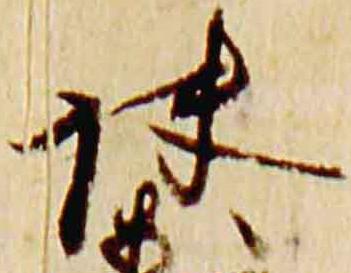
快